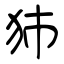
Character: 犻